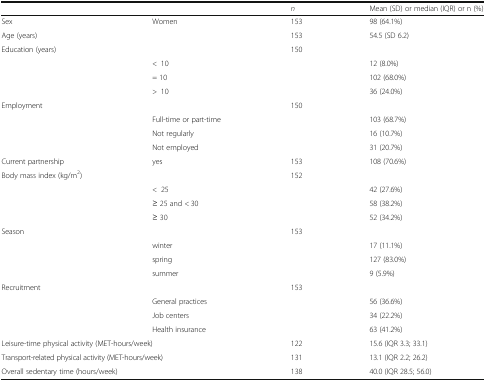
<table><thead><tr><td></td><td></td><td><b><i>n</i></b></td><td><b>Mean (SD) or median (IQR) or n (%)</b></td></tr></thead><tbody><tr><td>Sex</td><td>Women</td><td>153</td><td>98 (64.1%)</td></tr><tr><td>Age (years)</td><td></td><td>153</td><td>54.5 (SD 6.2)</td></tr><tr><td rowspan="4">Education (years)</td><td></td><td>150</td><td></td></tr><tr><td>&lt;10</td><td></td><td>12 (8.0%)</td></tr><tr><td>= 10</td><td></td><td>102 (68.0%)</td></tr><tr><td>&gt;10</td><td></td><td>36 (24.0%)</td></tr><tr><td rowspan="4">Employment</td><td></td><td>150</td><td></td></tr><tr><td>Full-time or part-time</td><td></td><td>103 (68.7%)</td></tr><tr><td>Not regularly</td><td></td><td>16 (10.7%)</td></tr><tr><td>Not employed</td><td></td><td>31 (20.7%)</td></tr><tr><td>Current partnership</td><td>yes</td><td>153</td><td>108 (70.6%)</td></tr><tr><td rowspan="4">Body mass index (kg/m<sup>2</sup>)</td><td></td><td>152</td><td></td></tr><tr><td>&lt;25</td><td></td><td>42 (27.6%)</td></tr><tr><td>≥ 25 and &lt; 30</td><td></td><td>58 (38.2%)</td></tr><tr><td>≥ 30</td><td></td><td>52 (34.2%)</td></tr><tr><td rowspan="4">Season</td><td></td><td>153</td><td></td></tr><tr><td>winter</td><td></td><td>17 (11.1%)</td></tr><tr><td>spring</td><td></td><td>127 (83.0%)</td></tr><tr><td>summer</td><td></td><td>9 (5.9%)</td></tr><tr><td rowspan="4">Recruitment</td><td></td><td>153</td><td></td></tr><tr><td>General practices</td><td></td><td>56 (36.6%)</td></tr><tr><td>Job centers</td><td></td><td>34 (22.2%)</td></tr><tr><td>Health insurance</td><td></td><td>63 (41.2%)</td></tr><tr><td colspan="2">Leisure-time physical activity (MET-hours/week)</td><td>122</td><td>15.6 (IQR 3.3; 33.1)</td></tr><tr><td colspan="2">Transport-related physical activity (MET-hours/week)</td><td>131</td><td>13.1 (IQR 2.2; 26.2)</td></tr><tr><td colspan="2">Overall sedentary time (hours/week)</td><td>138</td><td>40.0 (IQR 28.5; 56.0)</td></tr></tbody></table>